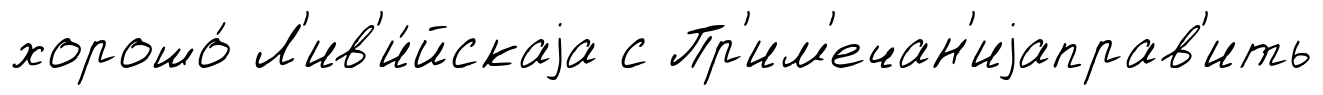
хорошо́ Л'ив'и́йскаjа с Пр'им'ечан'иjаправ'ить